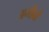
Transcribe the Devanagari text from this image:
अमीबों